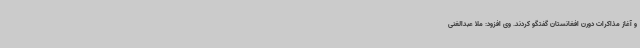
و آغاز مذاکرات دورن افغانستان گفتگو کردند. وی افزود:‌ ملا عبدالغنی